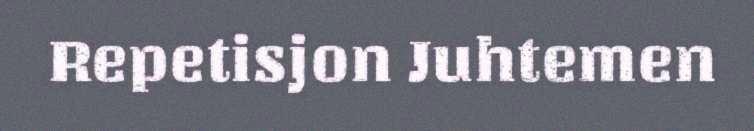
Repetisjon Juhtemen